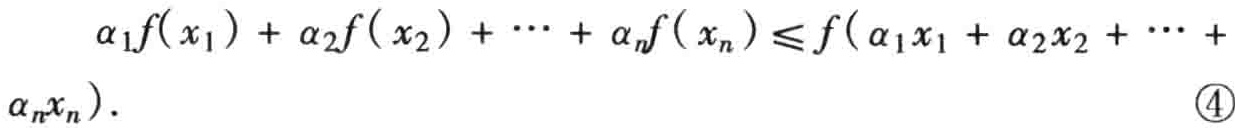
\[

\begin{align*}

\alpha_{1}f(x_{1})+\alpha_{2}f(x_{2})+\cdots+\alpha_{n}f(x_{n})\leqslant f(\alpha_{1}x_{1}+\alpha_{2}x_{2}+\cdots+\\

\alpha_{n}x_{n}).\tag{4}

\end{align*}

\]